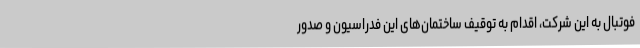
فوتبال به این شرکت، اقدام به توقیف ساختمان‌های این فدراسیون و صدور